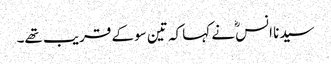
سیدنا انسؓ نے کہا کہ تین سو کے قریب تھے۔